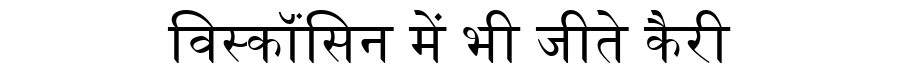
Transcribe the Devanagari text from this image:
विस्कॉंसिन में भी जीते कैरी